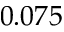
0 . 0 7 5